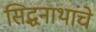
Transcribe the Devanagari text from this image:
सिद्धनाथांचे